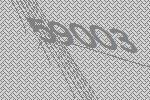
59003